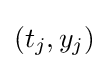
(t_{j},y_{j})